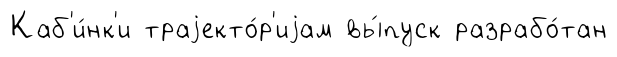
Каб'и́нк'и траjекто́р'иjам вы́пуск разрабо́тан